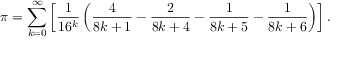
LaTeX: \pi = \sum _ { k = 0 } ^ { \infty } \left[ { \frac { 1 } { 1 6 ^ { k } } } \left( { \frac { 4 } { 8 k + 1 } } - { \frac { 2 } { 8 k + 4 } } - { \frac { 1 } { 8 k + 5 } } - { \frac { 1 } { 8 k + 6 } } \right) \right] .